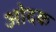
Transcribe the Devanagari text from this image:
ओदक